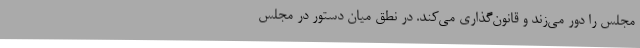
مجلس را دور می‌زند و قانون‌گذاری می‌کند. در نطق میان دستور در مجلس